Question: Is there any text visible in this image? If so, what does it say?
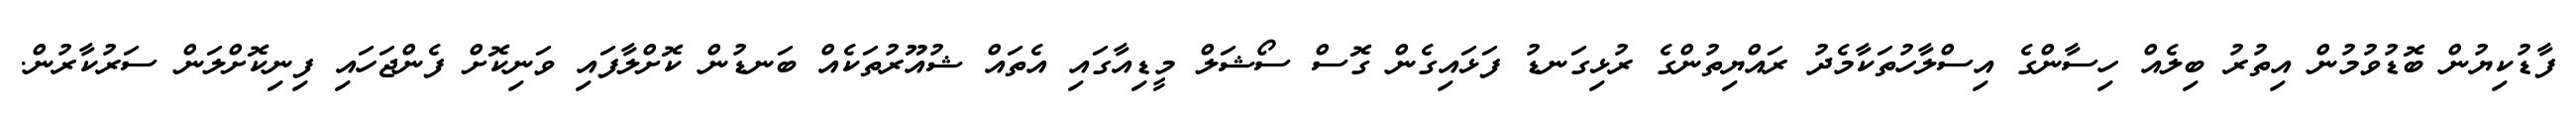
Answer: ފާޑުކިޔުން ބޮޑުވުމުން އިތުރު ބިލެއް ހިސާންގެ އިސްލާހުތަކާމެދު ރައްޔިތުންގެ ރުޅިގަނޑު ފަޅައިގެން ގޮސް ސޯޝަލް މީޑިއާގައި އެތައް ޝުއޫރުތަކެއް ބަނޑުން ކޮށްލާފައި ވަނިކޮށް ފެންޖަހައި ފިނިކޮށްލަން ސަރުކާރުން.